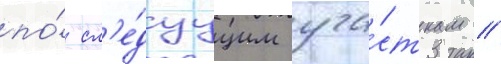
по́ сл'е́дуущим уча́сткам //